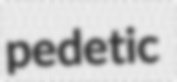
pedetic